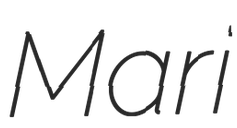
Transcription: Mari